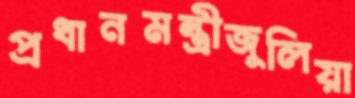
প্রধানমন্ত্রীজুলিয়া